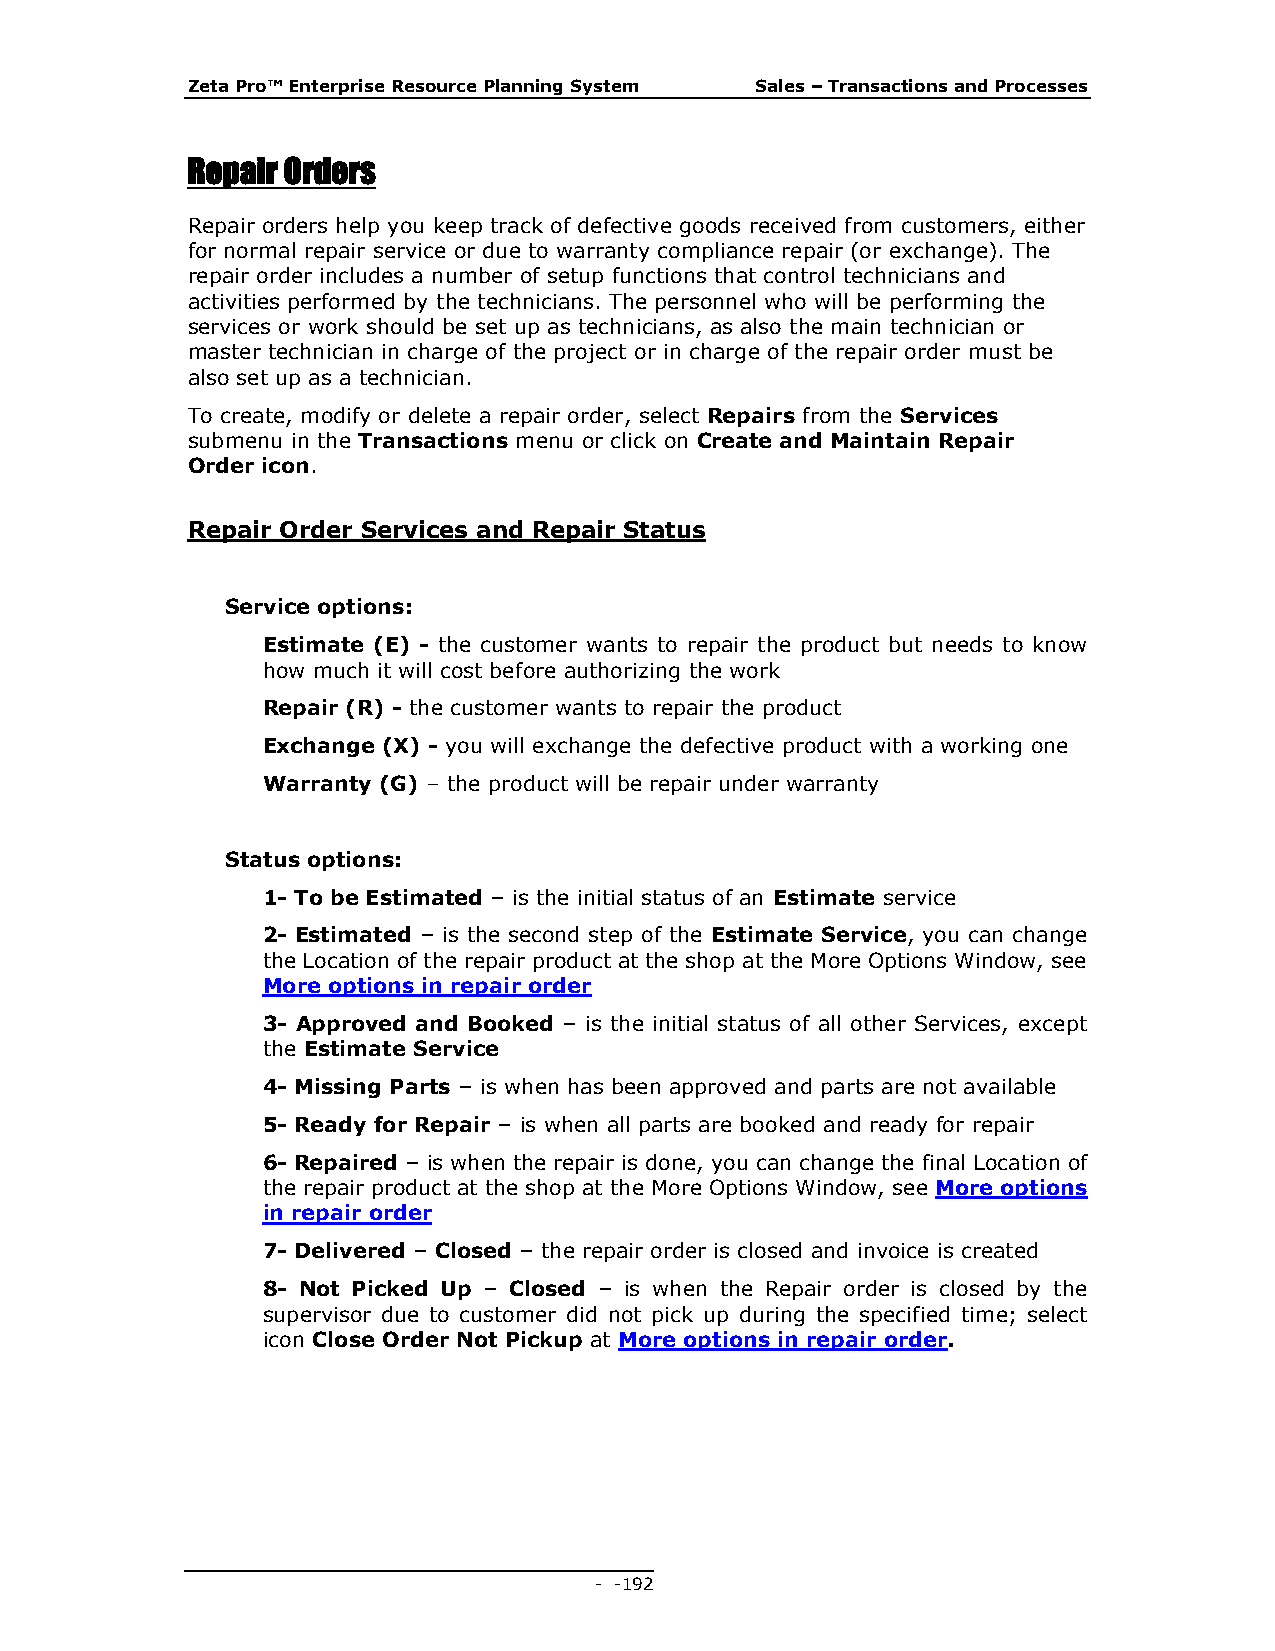
Zeta Pro™ Enterprise Resource Planning System Sales – Transactions and Processes
 Repair Orders
 Repair orders help you keep track of defective goods received from customers, either
 for normal repair service or due to warranty compliance repair (or exchange). The
 repair order includes a number of setup functions that control technicians and
 activities performed by the technicians. The personnel who will be performing the
 services or work should be set up as technicians, as also the main technician or
 master technician in charge of the project or in charge of the repair order must be
 also set up as a technician.
 To create, modify or delete a repair order, select Repairs from the Services
 submenu in the Transactions menu or click on Create and Maintain Repair
 Order icon.
 Repair Order Services and Repair Status
 Service options:
 Estimate (E) - the customer wants to repair the product but needs to know
 how much it will cost before authorizing the work
 Repair (R) - the customer wants to repair the product
 Exchange (X) - you will exchange the defective product with a working one
 Warranty (G) – the product will be repair under warranty
 Status options:
 1- To be Estimated – is the initial status of an Estimate service
 2- Estimated – is the second step of the Estimate Service, you can change
 the Location of the repair product at the shop at the More Options Window, see
 More options in repair order
 3- Approved and Booked – is the initial status of all other Services, except
 the Estimate Service
 4- Missing Parts – is when has been approved and parts are not available
 5- Ready for Repair – is when all parts are booked and ready for repair
 6- Repaired – is when the repair is done, you can change the final Location of
 the repair product at the shop at the More Options Window, see More options
 in repair order
 7- Delivered – Closed – the repair order is closed and invoice is created
 8- Not Picked Up – Closed – is when the Repair order is closed by the
 supervisor due to customer did not pick up during the specified time; select
 icon Close Order Not Pickup at More options in repair order.
 - - 192